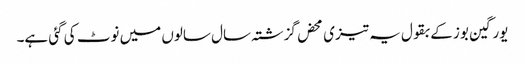
یورگین بوز کے بقول یہ تیزی محض گزشتہ سال سالوں میں نوٹ کی گئی ہے۔